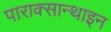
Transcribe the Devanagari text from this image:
पाराक्सान्थाइन